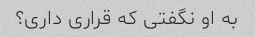
به او نگفتی که قراری داری؟